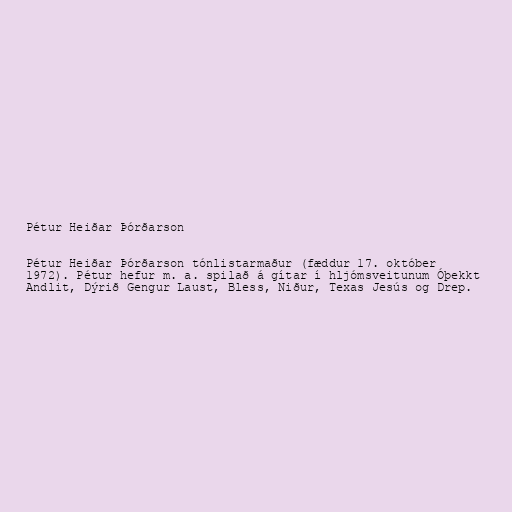
Pétur Heiðar Þórðarson

Pétur Heiðar Þórðarson tónlistarmaður (fæddur 17. október
1972). Pétur hefur m. a. spilað á gítar í hljómsveitunum Óþekkt
Andlit, Dýrið Gengur Laust, Bless, Niður, Texas Jesús og Drep.